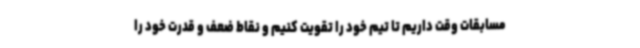
مسابقات وقت داریم تا تیم خود را تقویت کنیم و نقاط ضعف و قدرت خود را